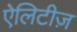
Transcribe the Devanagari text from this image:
ऐलिटीज़